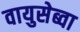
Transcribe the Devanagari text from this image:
वायुसेब्वा